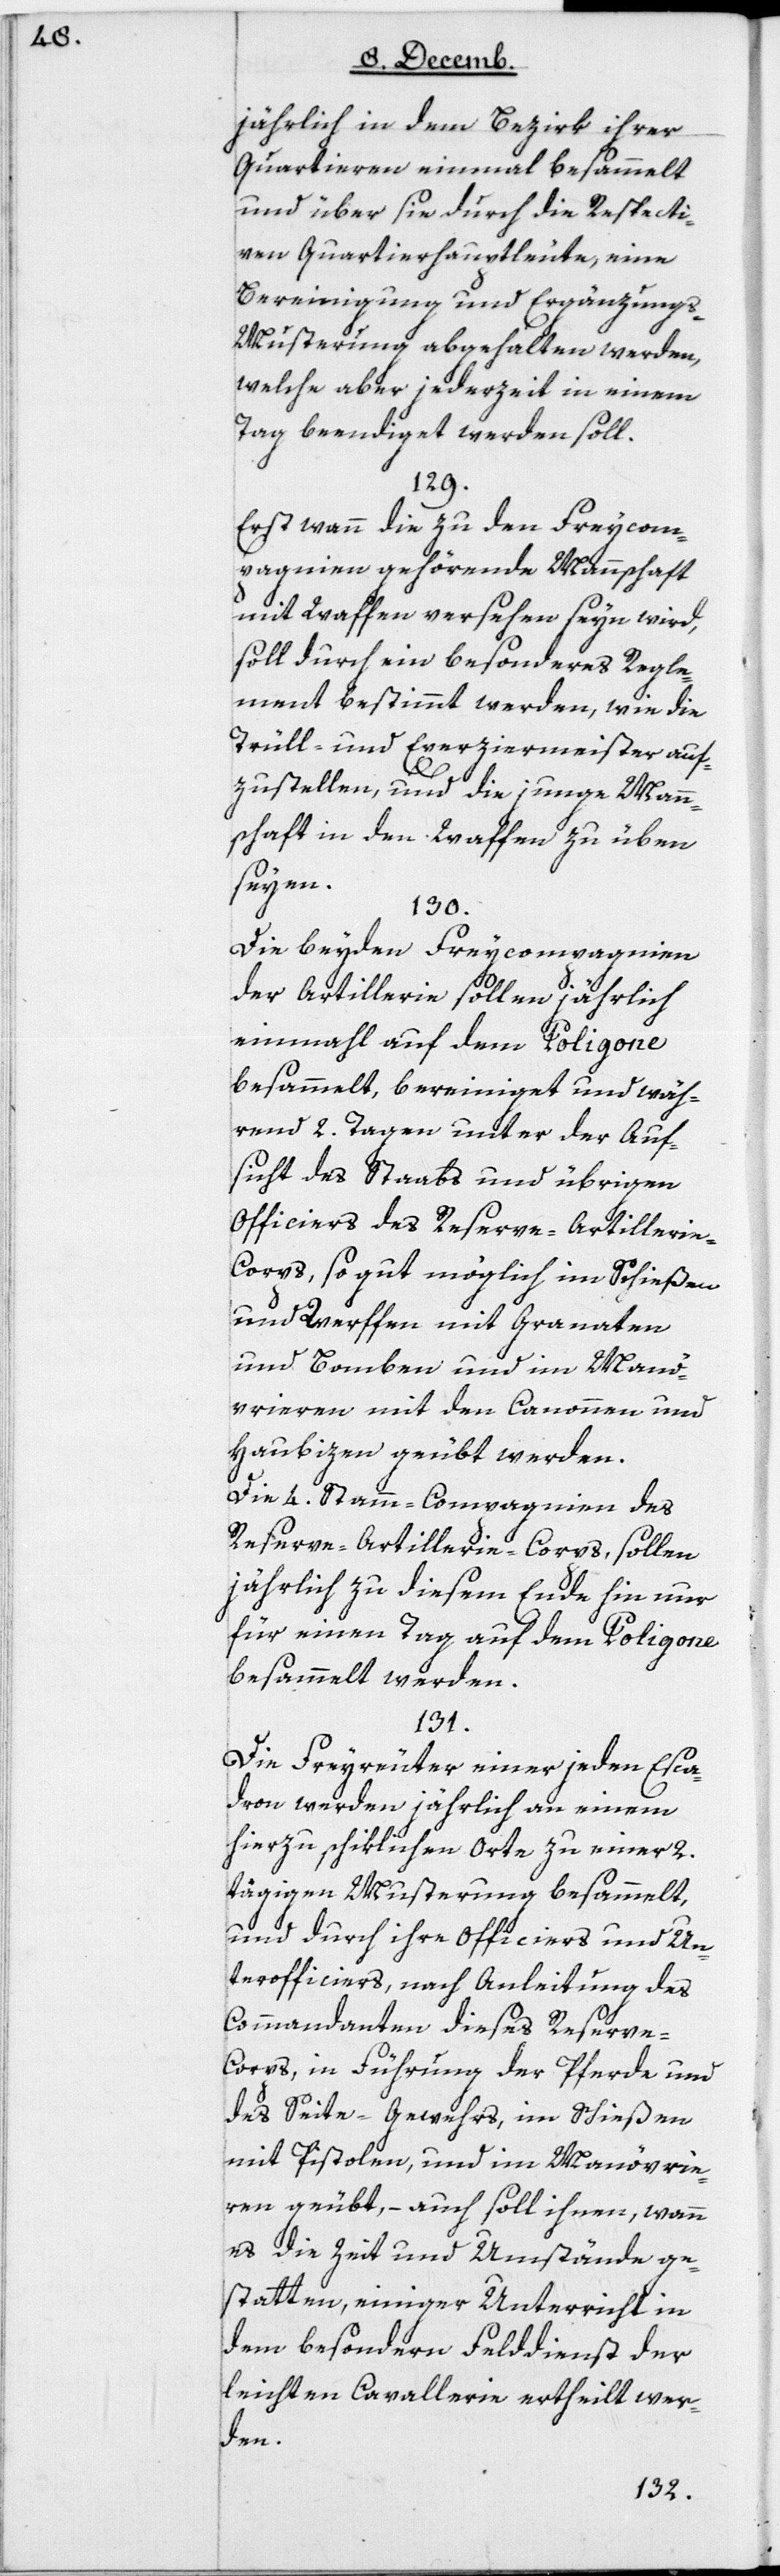
jährlich in dem Bezirk ihrer
Quartieren einmal besammelt
und über sie durch die respecti¬
ven Quartierhauptleute, eine
Bereinigung und Ergänzungs-M¬
usterung abgehalten werden,
welche aber jederzeit in einem
Tag beendiget werden soll.
129.
Erst wann die zu den Freycom¬
pagnien gehörende Mannschaft
mit Waffen versehen seyn wird,
soll durch ein besonderes Regle¬
ment bestimmt werden, wie die
Trüll- und Exerziermeister auf¬
zustellen, und die junge Mann¬
schaft in den Waffen zu üben
seyen.
130.
Die beyden Freycompagnien
der Artillerie sollen jährlich
einmal auf dem Poligone
besammelt, bereiniget und wäh¬
rend 2 Tagen unter der Auf¬
sicht des Staabs und übrigen
Officiers des Reserve-Artilleri¬
e-Corps, so gut möglich im Schießen
und Werffen mit Granaten
und Bomben und im Manö¬
vrieren mit den Kanonen und
Haubizen geübt werden.
Die vier Stamm-Compagnien des
Reserve-Artillerie-Corps, sollen
jährlich zu diesem Ende hin nur
für einen Tag auf dem Poligone
besammelt werden.
131.
Die Freyreuter einer jeden Esca¬
dron werden jährlich an einem
hierzu schiklichen Orte zu einer 2
tägigen Musterung besammelt,
und durch ihre Officiers und Un¬
terofficiers, nach Anleitung des
Commandanten dieses Reserve-C¬
orps, in Führung der Pferde und
des Seite-Gewehrs, im Schießen
mit Pistolen, und im Manövrie¬
ren geübt, – auch soll ihnen, wann
es die Zeit und Umstände ge¬
statten, einiger Unterricht in
dem besondern Felddienst der
leichten Cavallerie ertheilt wer¬
den.